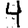
Digit: 4